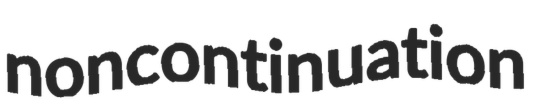
noncontinuation